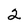
Character: 2